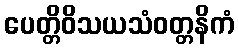
ပေတ္တိဝိသယသံဝတ္တနိကံ